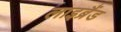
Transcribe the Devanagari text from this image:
लाइब्रैंड